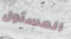
المسئول